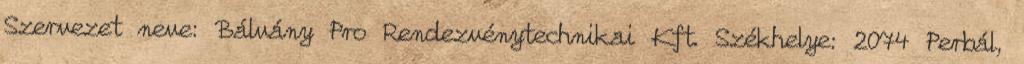
Szervezet neve: Bálvány Pro Rendezvénytechnikai Kft. Székhelye: 2074 Perbál,